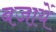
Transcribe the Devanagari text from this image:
बजायें